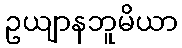
ဥယျာနဘူမိယာ